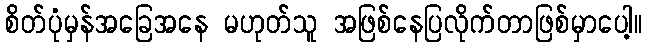
စိတ်ပုံမှန်အခြေအနေ မဟုတ်သူ အဖြစ်နေပြလိုက်တာဖြစ်မှာပေါ့။